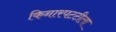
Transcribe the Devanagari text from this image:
किनारपटटीला